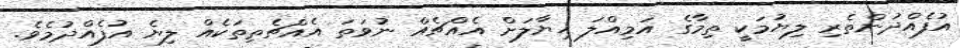
އުފެއްދުންތެރި ލިޔުމަކީ ތިމާގެ އަމިއްލަ ޚިޔާލަށް އެއްޗެއް ނުވަތަ އެއްޗެތިތަކެއް ލިޔެ އުފެއްދުމެވެ.